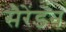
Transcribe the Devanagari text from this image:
सैरेंडन